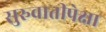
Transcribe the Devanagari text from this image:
सुरुवातीपेक्षा